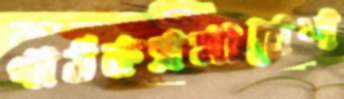
পাঠকসমাবেশ